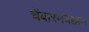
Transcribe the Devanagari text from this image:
चेंबारमबक्कम